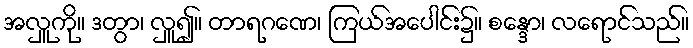
အလှူကို။ ဒတွာ၊ လှူ၍။ တာရဂဏေ၊ ကြယ်အပေါင်း၌။ စန္ဒော၊ လရောင်သည်။